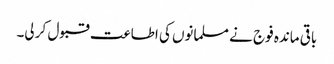
باقی ماندہ فوج نے مسلمانوں کی اطاعت قبول کر لی۔